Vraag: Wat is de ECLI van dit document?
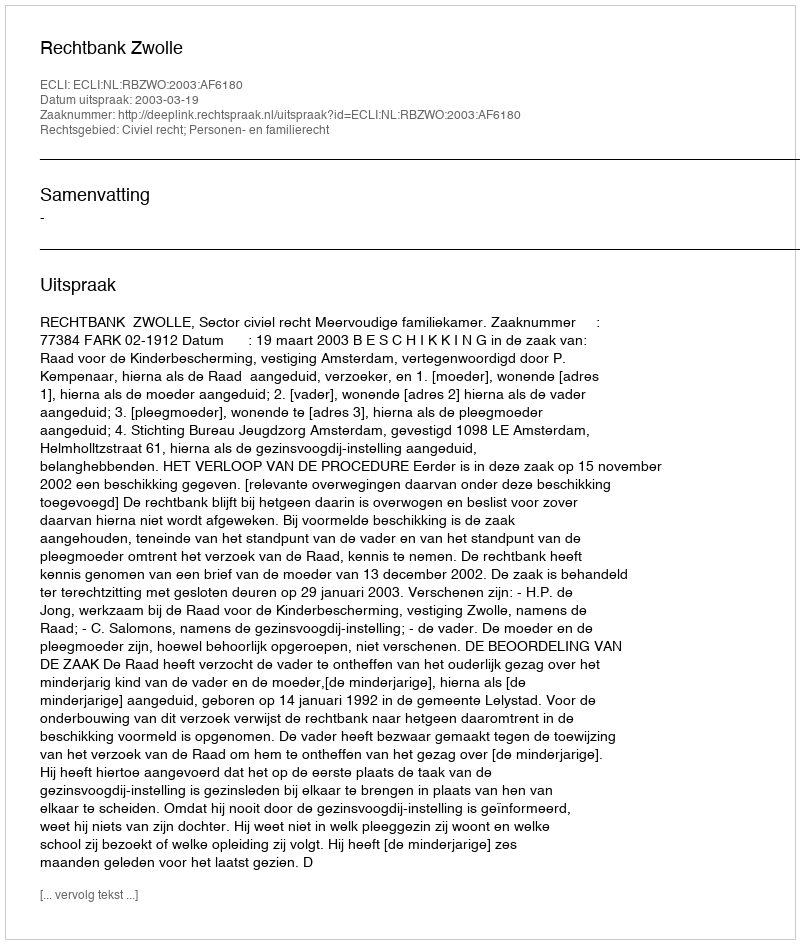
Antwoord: ECLI:NL:RBZWO:2003:AF6180